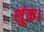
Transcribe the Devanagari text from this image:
शुंक।